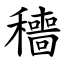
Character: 穯